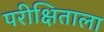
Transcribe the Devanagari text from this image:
परीक्षिताला